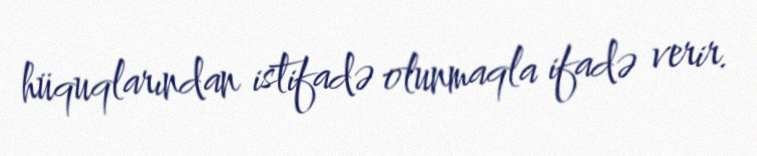
hüquqlarından istifadə olunmaqla ifadə verir.